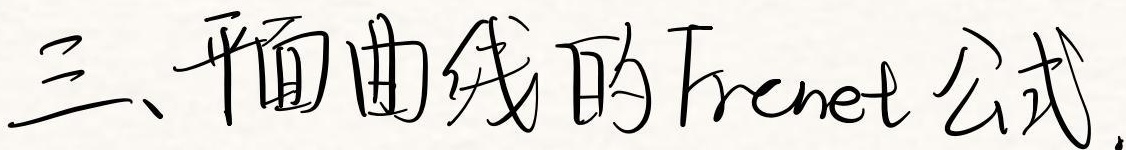
三、平面曲线的Frenet公式